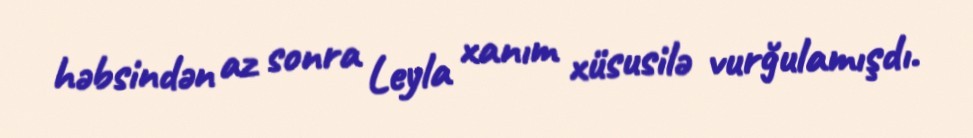
həbsindən az sonra Leyla xanım xüsusilə vurğulamışdı.